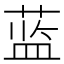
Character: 蓝